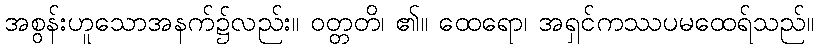
အစွန်းဟူသောအနက်၌လည်း။ ဝတ္တတိ၊ ၏။ ထေရော၊ အရှင်ကဿပမထေရ်သည်။